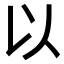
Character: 以